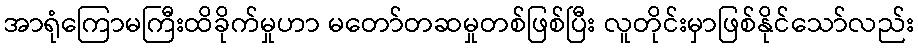
အာရုံကြောမကြီးထိခိုက်မှုဟာ မတော်တဆမှုတစ်ဖြစ်ပြီး လူတိုင်းမှာဖြစ်နိုင်သော်လည်း